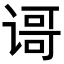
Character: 𬤐